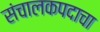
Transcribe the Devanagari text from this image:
संचालकपदाचा